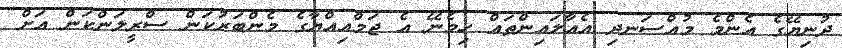
ދުނިޔޭގެ އެންމެ މުއްސަނދި އެއާލައިންތައް ހިމެނޭ އެ ޖަމްއިއްޔާގެ މެންބަރުކަން ސްރީލަންކަން އަށް